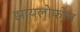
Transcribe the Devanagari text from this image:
झायलोफोन